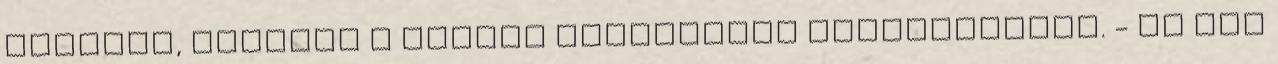
térdelt, körmeit a holtak mellkasába mélyesztette. - Te meg